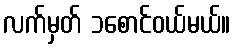
လက်မှတ် ၁စောင်ဝယ်မယ်။